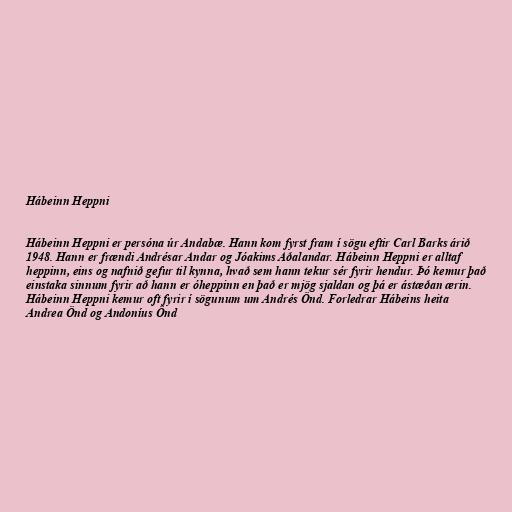
Hábeinn Heppni

Hábeinn Heppni er persóna úr Andabæ. Hann kom fyrst fram í sögu eftir Carl Barks árið
1948. Hann er frændi Andrésar Andar og Jóakims Aðalandar. Hábeinn Heppni er alltaf
heppinn, eins og nafnið gefur til kynna, hvað sem hann tekur sér fyrir hendur. Þó kemur það
einstaka sinnum fyrir að hann er óheppinn en það er mjög sjaldan og þá er ástæðan ærin.
Hábeinn Heppni kemur oft fyrir í sögunum um Andrés Önd. Forledrar Hábeins heita
Andrea Önd og Andoníus Önd